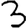
Digit: 3